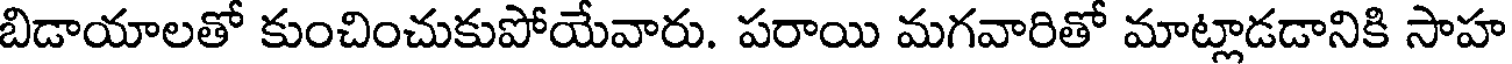
బిడాయాలతో కుంచించుకుపోయేవారు. పరాయి మగవారితో మాట్లాడడానికి సాహ